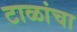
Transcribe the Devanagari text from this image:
टाळांचा